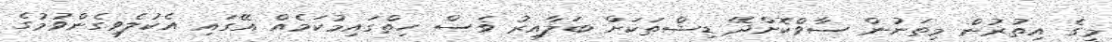
މީގެ އިތުރުން މިތަނުން ސާވްކޮށްދޭ ޑިޝްތަކަށް ބަލާއިރު ވެސް ހިތްގައިމުކަމެއް އޭގައި އެކުލެވިގެންވުމުގެ